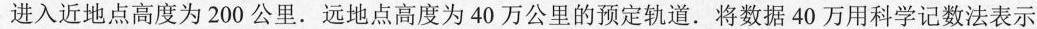
进入近地点高度为200公里。远地点高度为40万公里的预定轨道。将数据40万用科学记数法表示